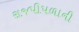
રાજપીપળાની